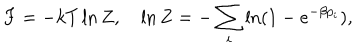
F = - k T \ln Z , \quad \ln Z = - \sum _ { i } \ln ( 1 - e ^ { - \beta p _ { i } } ) ,